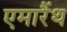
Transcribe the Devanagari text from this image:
एमारैंथ